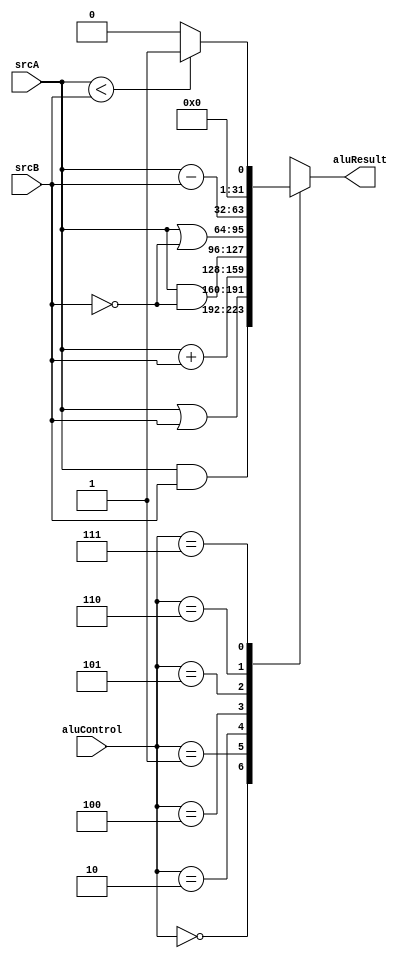
//========== Arithmetic and Logic Unit ==========//
//inputs at fetch stage, outputs at decode stage
module ALU(
	input signed [31:0] srcA,	//ALU input A
	input signed [31:0] srcB,	//ALU input B
	input [2:0] aluControl,	//specifies ALU operation
	output reg signed [31:0] aluResult		//result of operation
	);

always @* begin
	case (aluControl)
		3'b000 : aluResult = srcA & srcB;	//and
		3'b001 : aluResult = srcA | srcB;	//or
		3'b010 : aluResult = srcA + srcB;	//add
		//011 is not an aluControl code
		3'b100 : aluResult = srcA & ~srcB;	//nand
		3'b101 : aluResult = srcA | ~srcB;	//nor
		3'b110 : aluResult = srcA - srcB;	//sub
		3'b111 : aluResult = (srcA < srcB) ? 1: 0;	//slt
		default : aluResult = 32'bx;
	endcase
end

endmodule